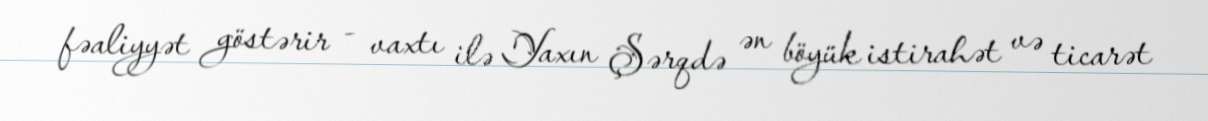
fəaliyyət göstərir - vaxtı ilə Yaxın Şərqdə ən böyük istirahət və ticarət